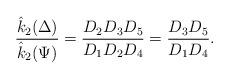
LaTeX: \begin{align*}\dfrac{\hat{k}_2{(\Delta)}}{\hat{k}_2(\Psi)}= \dfrac{D_{2}D_{3}D_{5}}{D_{1}D_{2}D_{4}}=\dfrac{D_{3}D_{5}}{D_{1}D_{4}}.\end{align*}